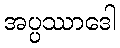
အပ္ပဿာဒေါ